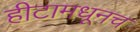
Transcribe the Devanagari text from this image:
हीटामधूनच